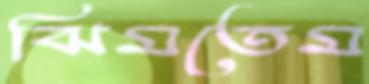
ঝিমতেম